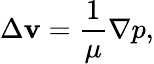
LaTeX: \Delta{\mathbf v}=\frac{1}{\mu}\nabla p,